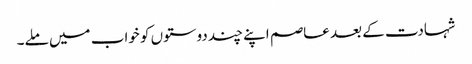
شہادت کے بعد عاصم اپنے چند دوستوں کو خواب میں ملے۔